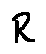
R